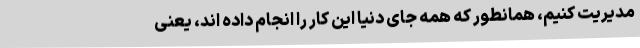
مدیریت کنیم، همانطور که همه جای دنیا این کار را انجام داده اند، یعنی